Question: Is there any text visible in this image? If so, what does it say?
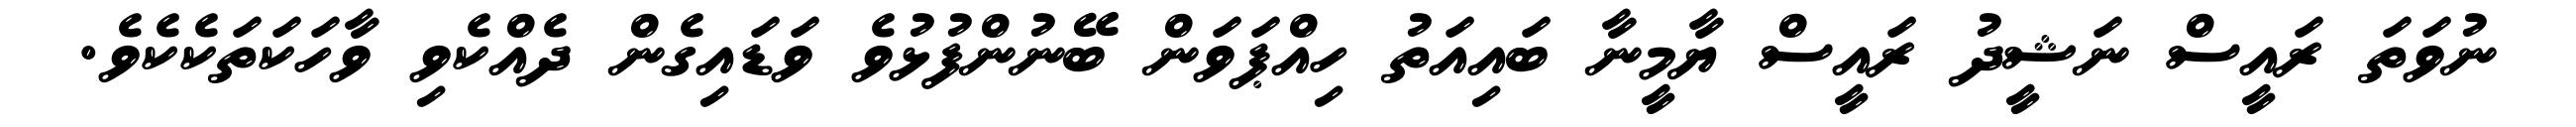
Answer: ނުވަތަ ރައީސް ނަޝީދު ރައީސް ޔާމީނާ ބައިއަތު ހިއްޕަވަން ބޭނުންފުޅުވެ ވަޑައިގެން ދެއްކެވި ވާހަކަތަކެކެވެ.